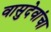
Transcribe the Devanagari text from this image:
वासुदेवांचा